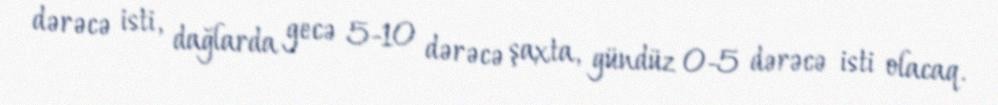
dərəcə isti, dağlarda gecə 5-10 dərəcə şaxta, gündüz 0-5 dərəcə isti olacaq.